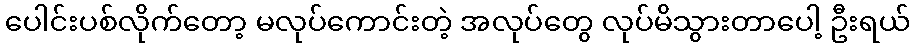
ပေါင်းပစ်လိုက်တော့ မလုပ်ကောင်းတဲ့ အလုပ်တွေ လုပ်မိသွားတာပေါ့ ဦးရယ်